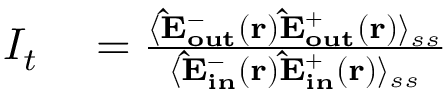
\begin{array} { r l } { I _ { t } } & { { } = \frac { \langle { \bf \hat { E } _ { o u t } ^ { - } ( { \bf r } ) } { \bf \hat { E } _ { o u t } ^ { + } ( { \bf r } ) } \rangle _ { s s } } { \langle { \bf \hat { E } _ { i n } ^ { - } ( { \bf r } ) } { \bf \hat { E } _ { i n } ^ { + } ( { \bf r } ) } \rangle _ { s s } } } \end{array}